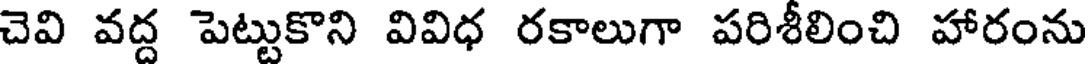
చెవి వద్ద పెట్టుకొని వివిధ రకాలుగా పరిశీలించి హారంను